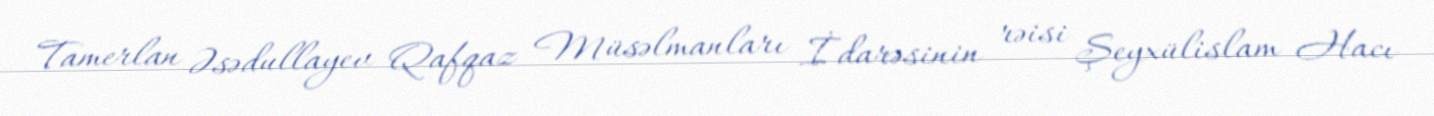
Tamerlan Əsədullayev Qafqaz Müsəlmanları İdarəsinin rəisi Şeyxülislam Hacı